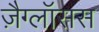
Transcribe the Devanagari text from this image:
ज़ैग्लॉसस